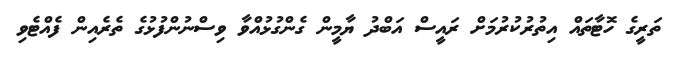
ތަރީގެ ހޮޓާތައް އިތުރުކުރުމަށް ރައީސް އަބްދު ޔާމީން ގެންގުޅުއްވާ ވިސްނުންފުޅުގެ ތެރެއިން ފެއްޓެވި